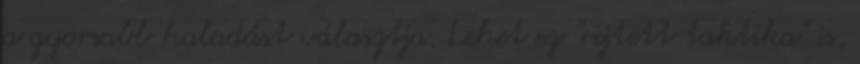
a gyorsabb haladást választja. Lehet ez "rejtett taktika" is,